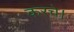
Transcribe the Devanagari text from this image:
करचे।